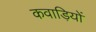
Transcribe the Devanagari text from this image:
कवाड़ियों